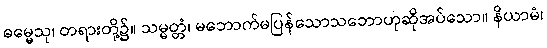
ဓမ္မေသု၊ တရားတို့၌။ သမ္မတ္တံ၊ မဘောက်မပြန်သောသဘောဟုဆိုအပ်သော။ နိယာမံ၊